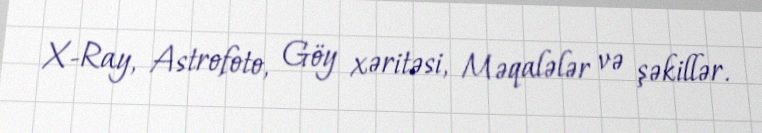
X-Ray, Astrofoto, Göy xəritəsi, Məqalələr və şəkillər.